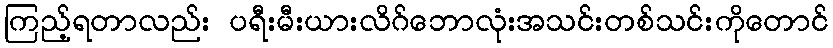
ကြည့်ရတာလည်း ပရီးမီးယားလိဂ်ဘောလုံးအသင်းတစ်သင်းကိုတောင်